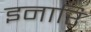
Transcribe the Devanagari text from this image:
इनारि